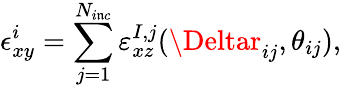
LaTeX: \epsilon_{xy}^{i}=\sum_{j=1}^{N_{i\mathfrak{n}c}}\varepsilon_{xz}^{I,j}(\Deltar_{ij},\theta_{ij}),